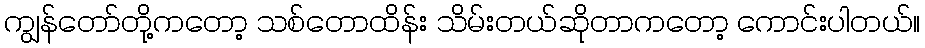
ကျွန်တော်တို့ကတော့ သစ်တောထိန်း သိမ်းတယ်ဆိုတာကတော့ ကောင်းပါတယ်။